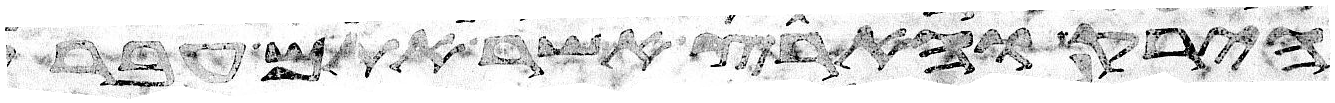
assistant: הירק והארץ אשר אתם עברים